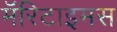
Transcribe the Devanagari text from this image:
मॅरिटाइमस